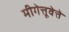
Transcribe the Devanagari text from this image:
मीगेत्तूवेत्ते